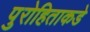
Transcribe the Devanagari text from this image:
पुरोहिताकडे